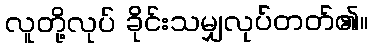
လူတို့လုပ် ခိုင်းသမျှလုပ်တတ်၏။